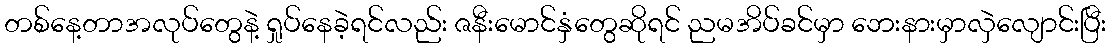
တစ်နေ့တာအလုပ်တွေနဲ့ ရှုပ်နေခဲ့ရင်လည်း ဇနီးမောင်နှံတွေဆိုရင် ညမအိပ်ခင်မှာ ဘေးနားမှာလှဲလျောင်းပြီး